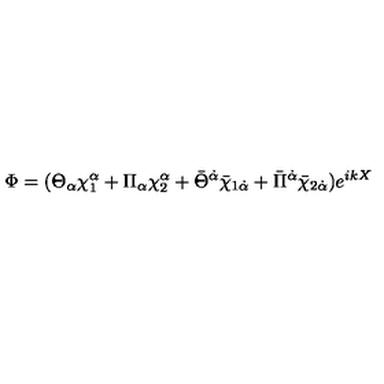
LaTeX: \Phi = ( \Theta _ { \alpha } \chi _ { 1 } ^ { \alpha } + \Pi _ { \alpha } \chi _ { 2 } ^ { \alpha } + \bar { \Theta } ^ { \dot { \alpha } } \bar { \chi } _ { 1 \dot { \alpha } } + \bar { \Pi } ^ { \dot { \alpha } } \bar { \chi } _ { 2 \dot { \alpha } } ) e ^ { i k X }